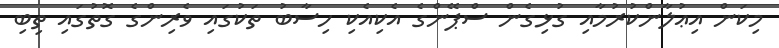
މިކަން އިޢުލާންކުރުމާއި ގުޅިގެން ސްޕޭންގެ އެކިއެކި ހިސާބު ތަކުގައި ވެރިންގެ ގޮތުގައި ތިބި